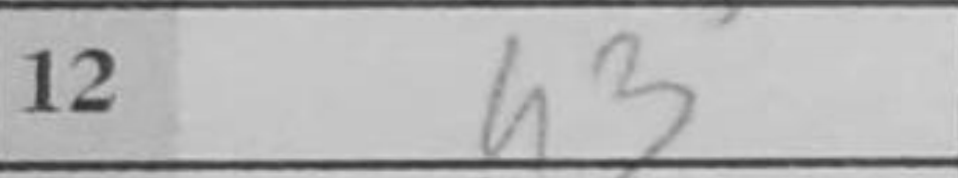
Transcription: h3